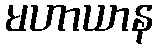
မဟာယာန